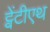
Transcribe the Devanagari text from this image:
ट्वेंटीएथ